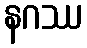
နဂဿ